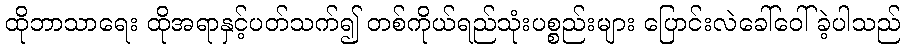
ထိုဘာသာရေး ထိုအရာနှင့်ပတ်သက်၍ တစ်ကိုယ်ရည်သုံးပစ္စည်းများ ပြောင်းလဲခေါ်ဝေါ်ခဲ့ပါသည်